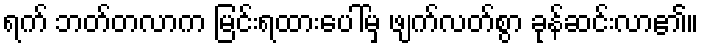
ရက် ဘတ်တလာက မြင်းရထားပေါ်မှ ဖျက်လတ်စွာ ခုန်ဆင်းလာ၏။